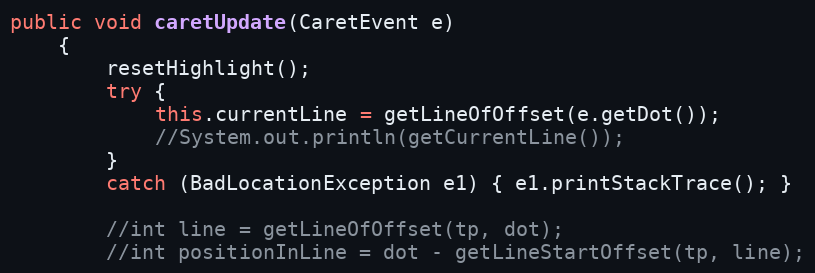
Language: Java
public void caretUpdate(CaretEvent e)
	{
		resetHighlight();
		try {
			this.currentLine = getLineOfOffset(e.getDot());
			//System.out.println(getCurrentLine());
		}
		catch (BadLocationException e1) { e1.printStackTrace(); }

		//int line = getLineOfOffset(tp, dot);
	    //int positionInLine = dot - getLineStartOffset(tp, line);